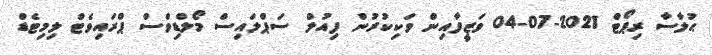
ޙުލާސާ ރިޕޯޓް 2021-07-04 ވަޒީފާއިން ވަކިކުރުން ފިއުލް ސަޕްލައިސް މޯލްޑިވްސް ޕްރައިވެޓް ލިމިޓެޑް